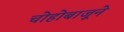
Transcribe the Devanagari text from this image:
चोहोबाजूने